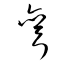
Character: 彎